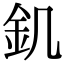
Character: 釠